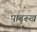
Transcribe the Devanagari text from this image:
पांढरूख